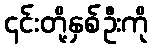
၎င်းတို့နှစ်ဦးကို